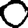
Digit: 0